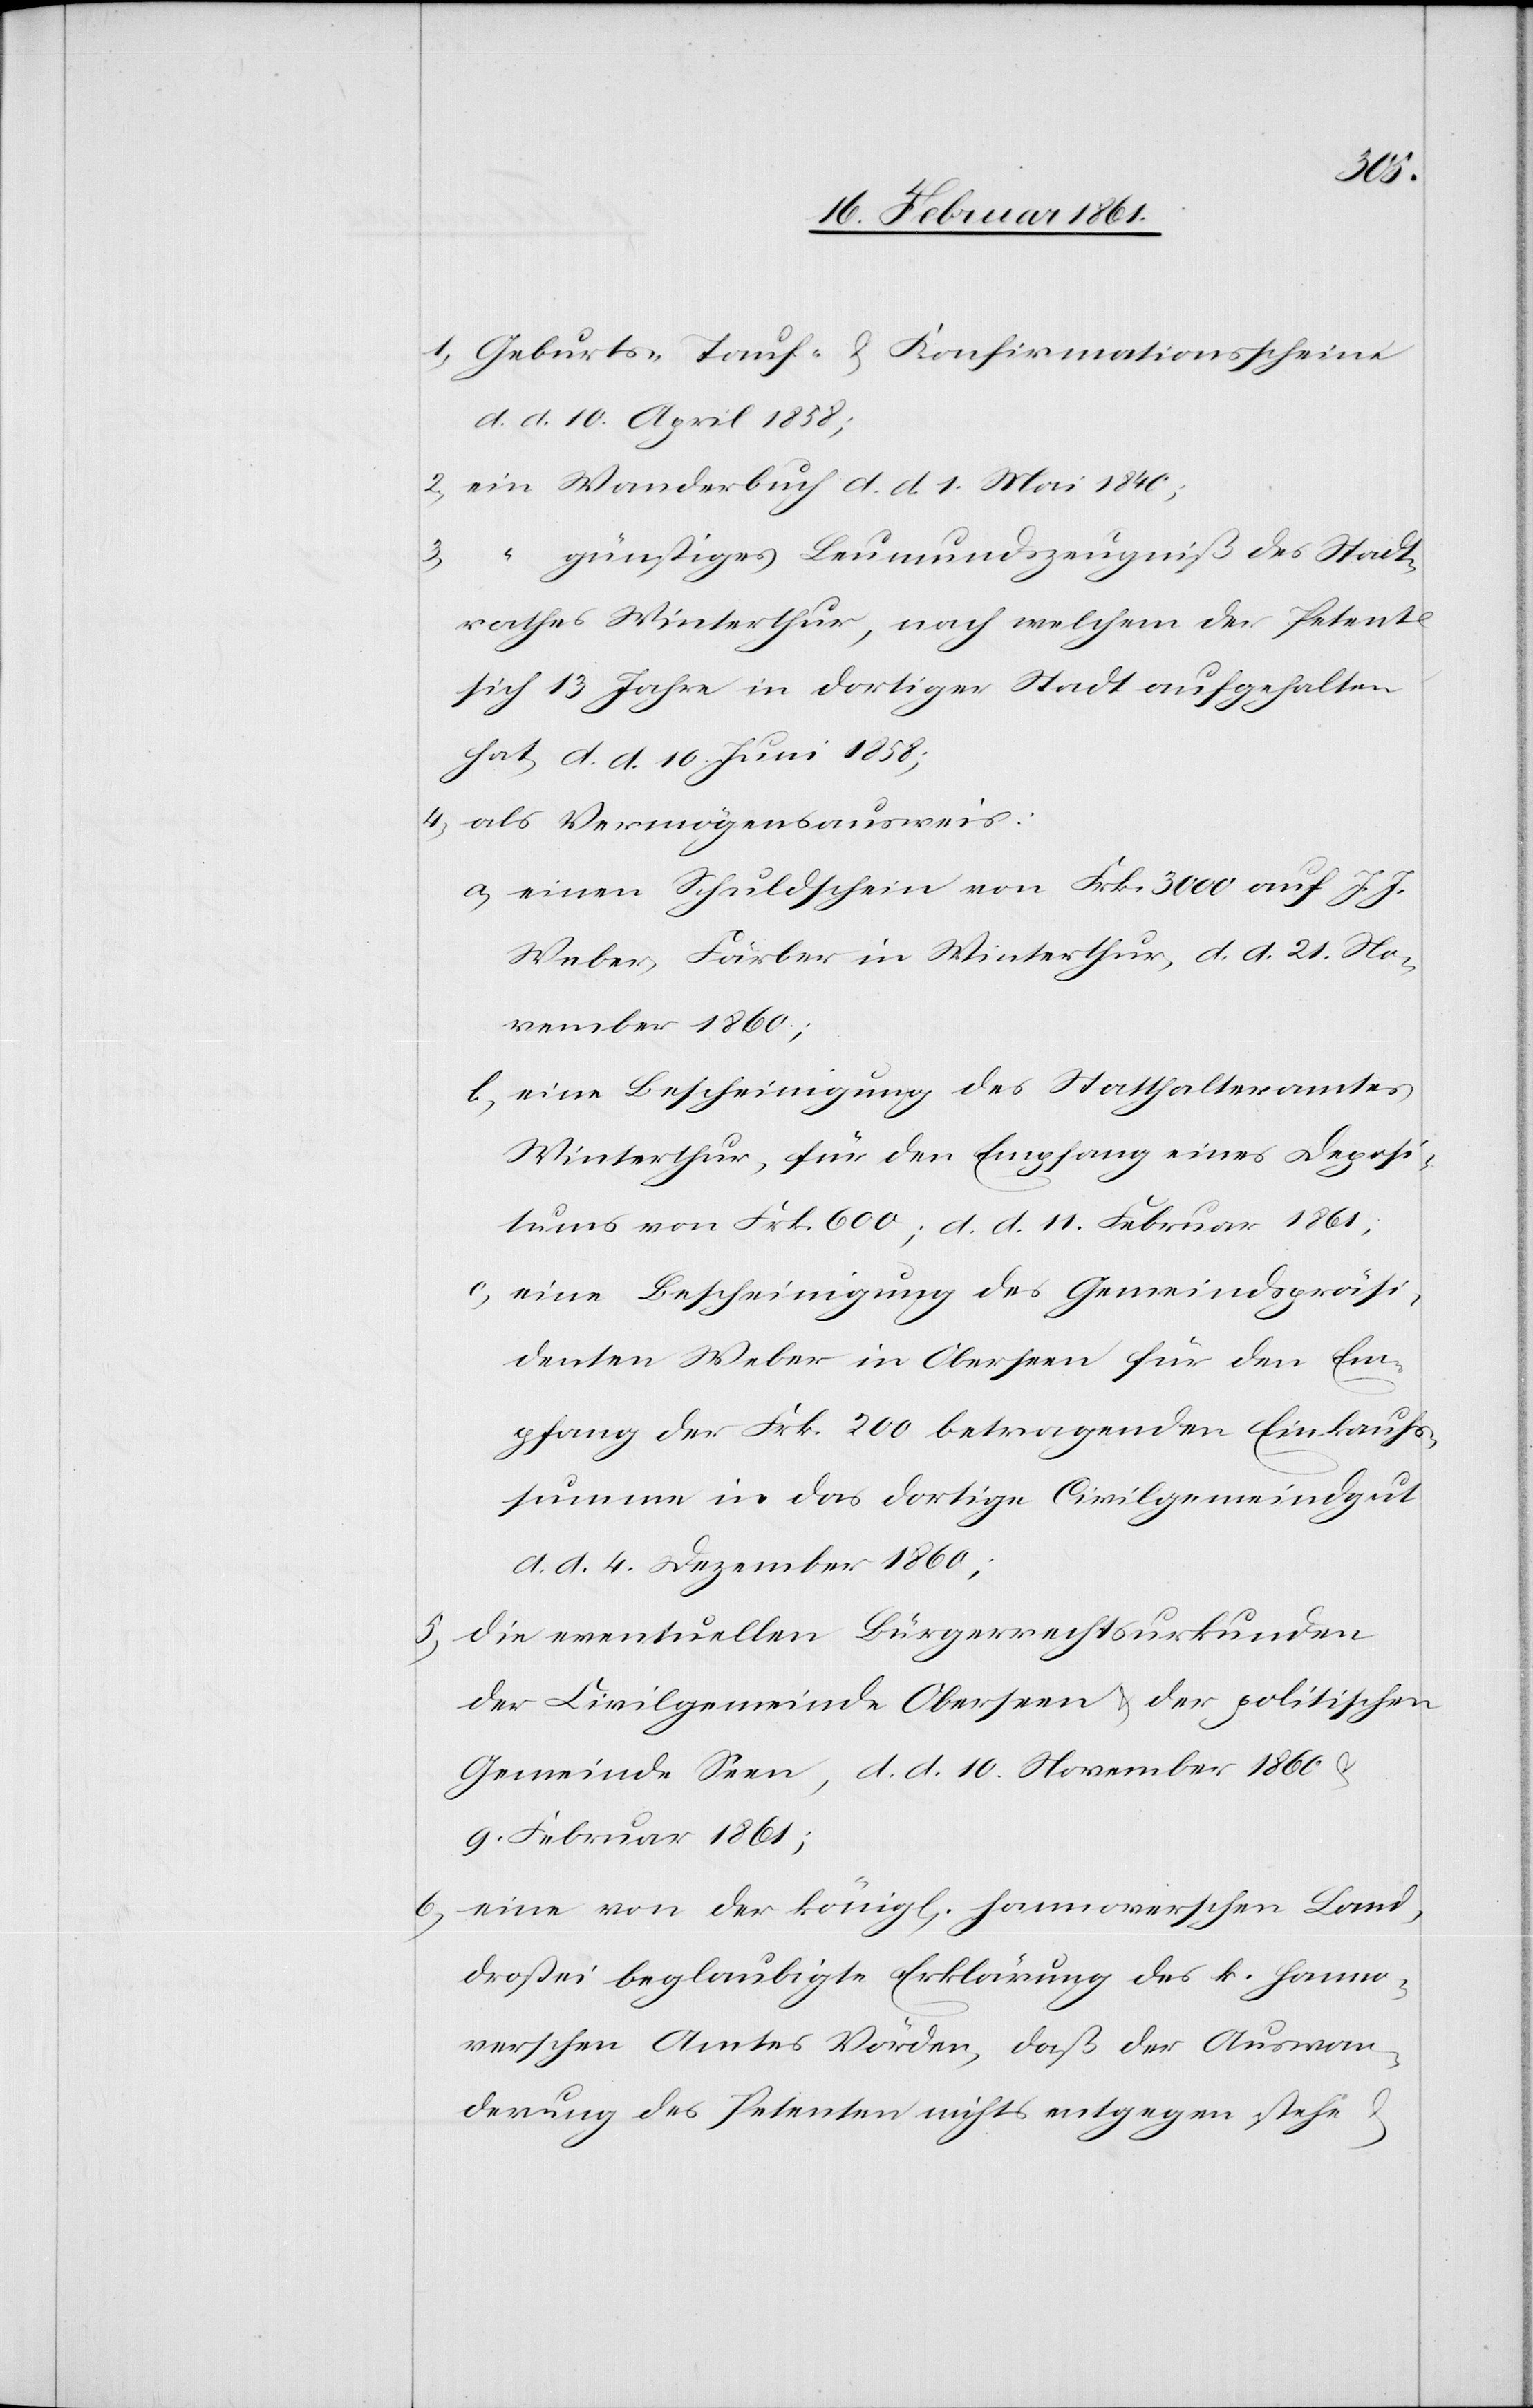
1) Geburts-[,] Tauf- u. Konfirmationsscheine
d. d. 10. April 1858;
2) ein Wanderbuch d. d. 1. Mai 1840;
3) “ günstiges Leumundszeugniß des Stadt¬
rathes Winterthur, nach welchem der Petent
sich 13 Jahre in dortiger Stadt aufgehalten
hat, d. d. 10. Juni 1858;
4) als Vermögensausweis:
a) einen Schuldschein von Frk. 3000 auf J. J.
Weber, Färber in Winterthur, d. d. 21. No¬
vember 1861;
b.) eine Bescheinigung des Statthalteramtes
Winterthur, für den Empfang eines Deposi¬
tums von Frk. 600; d. d. 11. Februar 1861;
c) eine Bescheinigung des Gemeindspräsi¬
denten Weber in Oberseen für den Em¬
pfang der Frk. 200 betragenden Einkaufs¬
summe in das dortige Civilgemeindgut
d. d. 4. Dezember 1860;
5) die eventuellen Bürgerrechtsurkunden
der Civilgemeinde Oberseen u. der politischen
Gemeinde Seen, d. d. 10. November 1860 u.
9. Februar 1861;
6) eine von der königl. hannoverschen Land¬
drostei beglaubigte Erklärung des k. hanno¬
verschen Amtes Vörden, daß der Auswan¬
derung des Petenten nichts entgegen stehe u.